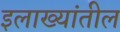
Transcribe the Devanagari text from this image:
इलाख्यांतील